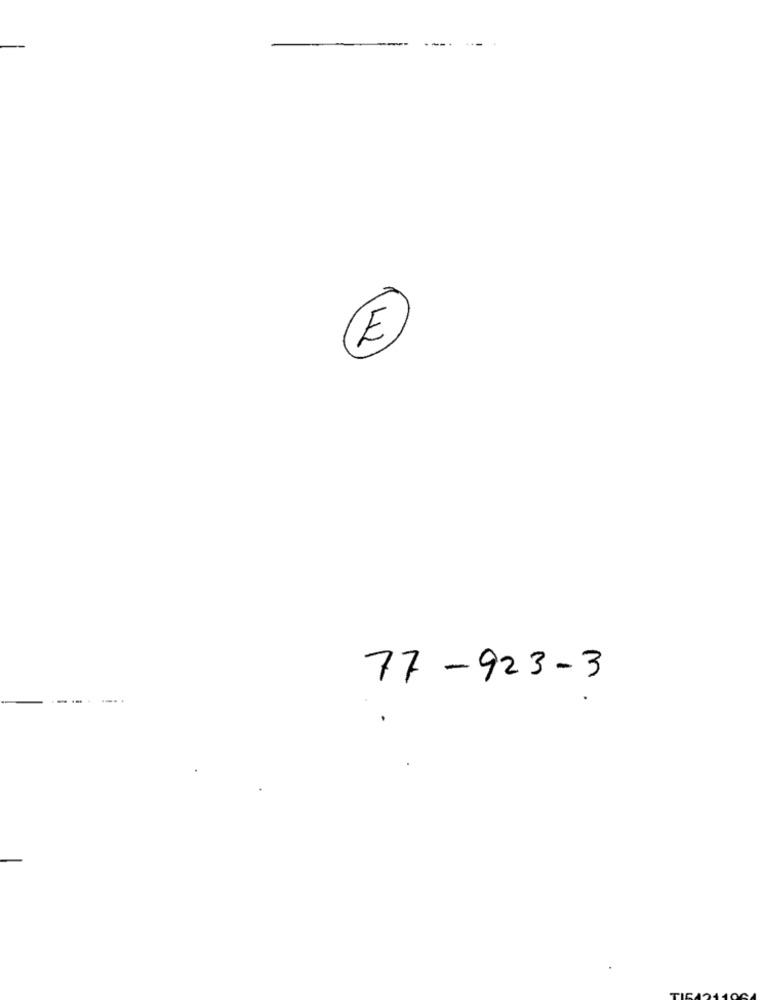
1
E)
77-923-3